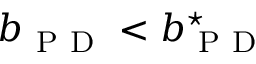
b _ { \mathrm { ~ P ~ D ~ } } < b _ { \mathrm { ~ P ~ D ~ } } ^ { \star }